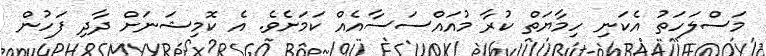
މަސްލަހަތު އެކަނި ހިމާޔަތް ކުރާ މުއައްސަސާއެއް ކަމަށެވެ. އެ ކޮމިޝަނަށް ދާދި ފަހުން